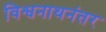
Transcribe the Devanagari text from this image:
विश्वनाथनंतर